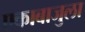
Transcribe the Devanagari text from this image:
एकाबाजुला